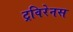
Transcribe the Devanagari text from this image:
ट्रविरेनस